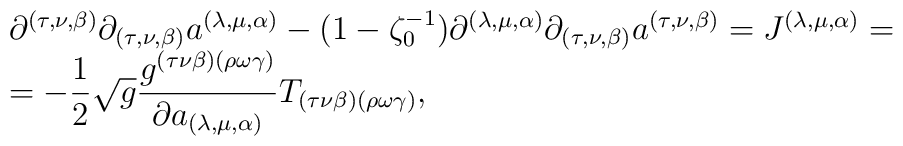
\begin{array}{l}\partial^{(\tau,\nu,\beta)}\partial_{(\tau,\nu,\beta)}a^{(\lambda,\mu,\alpha)} - (1-\zeta^{-1}_{0})\partial^{(\lambda,\mu,\alpha)}\partial_{(\tau,\nu,\beta)}a^{(\tau,\nu,\beta)}=J^{(\lambda,\mu,\alpha)}=\\=-\displaystyle \frac{1}{2}\sqrt{g}\displaystyle \frac{g^{(\tau\nu\beta)(\rho\omega\gamma)}}{\partial a_{(\lambda,\mu,\alpha)}}T_{(\tau\nu\beta)(\rho\omega\gamma)},\end{array}